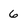
Character: 6